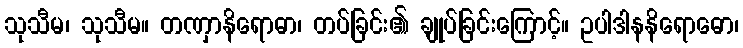
သုသီမ၊ သုသီမ။ တဏှာနိရောဓာ၊ တပ်ခြင်း၏ ချုပ်ခြင်းကြောင့်။ ဥပါဒါနနိရောဓော၊